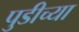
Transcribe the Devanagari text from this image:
पुडीच्या